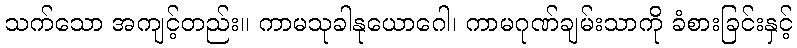
သက်သော အကျင့်တည်း။ ကာမသုခါနုယောဂေါ၊ ကာမဂုဏ်ချမ်းသာကို ခံစားခြင်းနှင့်